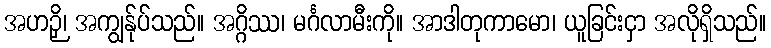
အဟဉှိ၊ အကျွန်ုပ်သည်။ အဂ္ဂိဿ၊ မင်္ဂလာမီးကို။ အာဒါတုကာမော၊ ယူခြင်းငှာ အလိုရှိသည်။